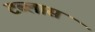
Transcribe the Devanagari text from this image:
टब्लास